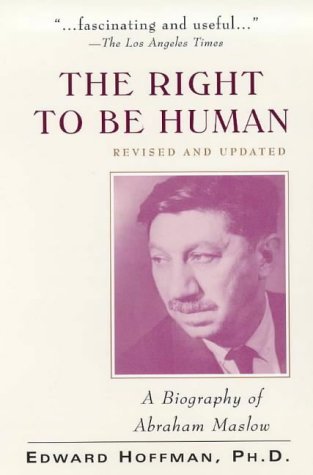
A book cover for The Right to Be Human: A Biography of Abraham Maslow; Edward Hoffman; Biographies & Memoirs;